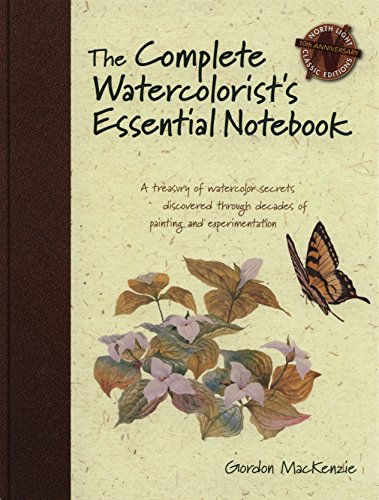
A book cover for The Complete Watercolorist's Essential Notebook: A treasury of watercolor secrets discovered through decades of painting and experimentation; Gordon MacKenzie; Arts & Photography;